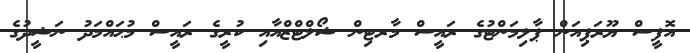
އޮފީސް ޔޫރަޕިއަން ޕާލިމަންޓުގެ ރައީސް މާރޓިން ޝޯލްޓްޒްއާއި ކުރީގެ ރައީސް މުޙައްމަދު ނަޝީދުގެ